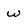
Character: w